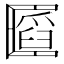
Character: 𠥪